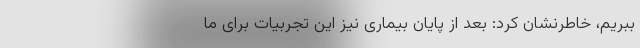
ببریم، خاطرنشان کرد: بعد از پایان بیماری نیز این تجربیات برای ما